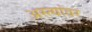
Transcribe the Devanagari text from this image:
अस्त्यांवर